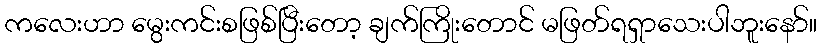
ကလေးဟာ မွေးကင်းစဖြစ်ပြီးတော့ ချက်ကြိုးတောင် မဖြတ်ရရှာသေးပါဘူးနော်။